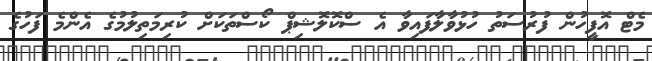
މެޓް އޮފީހުން ފުރުސަތު ހުޅުވާލާފައިވާ އެ ސްކޮލޮޝިޕް ކޯސްތަކަށް ކުރިމަތިލުމުގެ އެންމެ ފަހުގެ